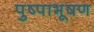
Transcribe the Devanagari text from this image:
पुष्पाभूषण